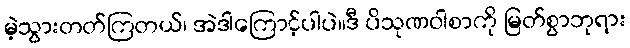
မဲ့သွားတတ်ကြတယ်၊ အဲဒါကြောင့်ပါပဲ။ဒီ ပိသုဏဝါစာကို မြတ်စွာဘုရား